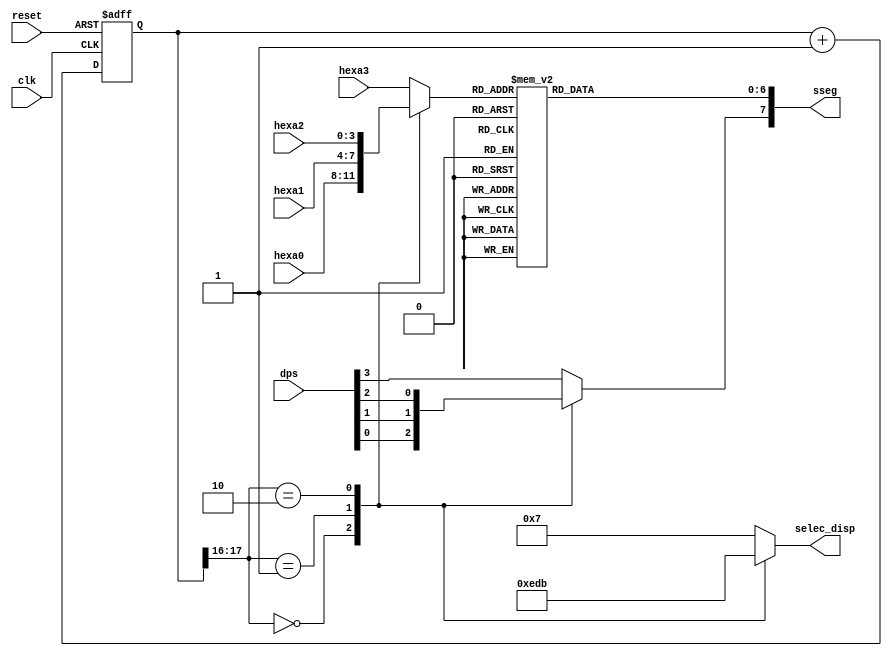
`timescale 1ns / 1ps
//////////////////////////////////////////////////////////////////////////////////
// Company: 
// Engineer: 
// 
// Design Name: 
// Module Name:    sseg_display 
// Project Name: 
// Target Devices: 
// Tool versions: 
// Description: 
//
// Dependencies: 
//
// Revision: 
// Revision 0.01 - File Created
// Additional Comments: 
//
//////////////////////////////////////////////////////////////////////////////////
module sseg_display(input wire clk, reset,
		input wire [3:0] hexa3, hexa2, hexa1, hexa0, 
		input wire [3:0] dps,//Los puntos de cada display
		output reg [3:0] selec_disp, 
		output reg [7:0] sseg 
    );

//Rango de refresco de 800Hz
localparam N=18;
//Declaracion de seales internas
reg [N-1:0] estado;
wire [N-1:0] estado_proximo;
reg [3:0] hex_in;
reg punto;

//Contador de N-bits
always @(posedge clk, posedge reset)
	if (reset)
		estado <= 0;
	else
		estado <= estado_proximo;
//Logica estado siguiente
assign estado_proximo = estado+1'b1;

always@*
	case(estado[N-1:N-2])
		2'b00:
			begin
				selec_disp = 4'b1110;
				hex_in = hexa0;
				punto = dps[0];
			end
		2'b01:
			begin
				selec_disp = 4'b1101;
				hex_in = hexa1;
				punto = dps[1];
			end
		2'b10:
			begin
				selec_disp = 4'b1011;
				hex_in = hexa2;
				punto = dps[2];
			end
		default:
			begin
				selec_disp = 4'b0111;
				hex_in = hexa3;
				punto = dps[3];
			end
	endcase

//Hexa a 7 segmentos led display
always @*
begin 
	case (hex_in)
		4'h0: sseg [6:0] = 7'b0000001;
		4'h1: sseg [6:0] = 7'b0011000;
		4'h2: sseg [6:0] = 7'b0110000;
		4'h3: sseg [6:0] = 7'b1110001;
		4'h4: sseg [6:0] = 7'b1111001;
		4'h5: sseg [6:0] = 7'b1001000;
		4'h6: sseg [6:0] = 7'b1000001;
		4'h7: sseg [6:0] = 7'b0001001;
		4'h8: sseg [6:0] = 7'b0000000;
		4'h9: sseg [6:0] = 7'b0110000;
		
		4'ha: sseg [6:0] = 7'b0001000;
		4'hb: sseg [6:0] = 7'b1100000;
		4'hc: sseg [6:0] = 7'b0110001;
		4'hd: sseg [6:0] = 7'b1000010;
		4'he: sseg [6:0] = 7'b0000110;
		default: sseg [6:0] = 7'b0001110;			
	endcase
	sseg[7] = punto;
end
endmodule